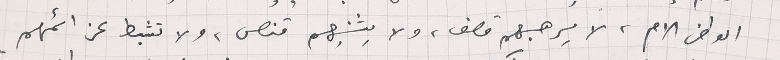
الوطن الام، لا يرهبهم قصف، ولا يثنيهم قنص، ولا تثبط عزائمهم